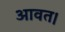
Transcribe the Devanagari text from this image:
आवत।